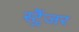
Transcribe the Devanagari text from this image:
स्ट्रैंजर